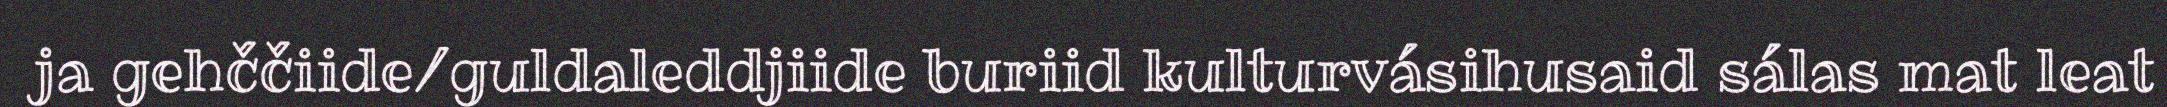
ja gehččiide/guldaleddjiide buriid kulturvásihusaid sálas mat leat